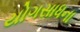
યોગસાધના